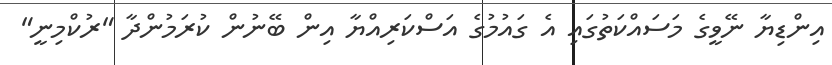
އިންޑިޔާ ނޭވީގެ މަސައްކަތުގައި އެ ގައުމުގެ އަސްކަރިއްޔާ އިން ބޭނުން ކުރަމުންދާ "ރުކްމިނީ"